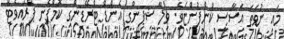
މައި ނުވަތަ އަސާސީ ކުންފުންޏެވެ. ވިލާ ޝިޕިންގ އެންޑް ޓްރޭޑިންގ ކޮމްޕެނީ ޕްރައިވެޓް